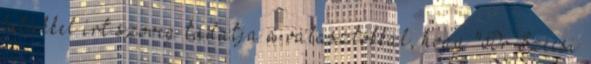
betűkkel írt szöveg tudatja a választókkal, hogy "Dr Szécsi